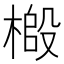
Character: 𫞌